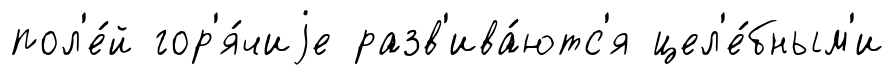
пол'е́й гор'я́чиjе разв'ива́ютс'я цел'е́бным'и